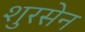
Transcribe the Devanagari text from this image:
शुरसेन